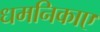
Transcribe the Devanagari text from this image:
धमनिकाए